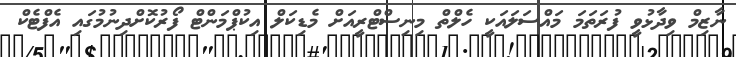
ނާޒިމް ވިދާޅުވީ ފުރަތަމަ މައްސަލައަކީ ހެލްތް މިނިސްޓްރީއަށް މެޑިކަލް އިކުޕްމަންޓް ފޯރުކޮށްދިނުމުގައި އެފްޓެކް